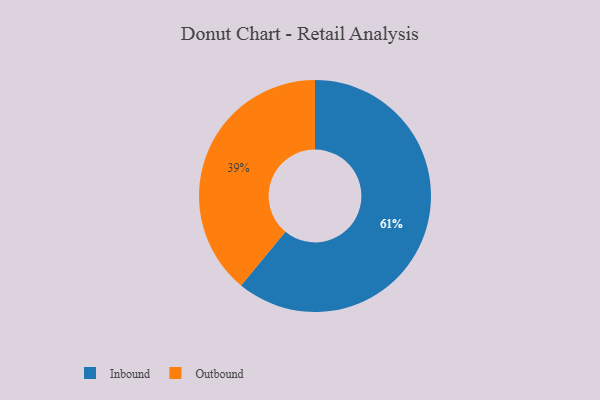
{"axis": {"x": "Category", "y": "Percentage"}, "legend": ["Inbound", "Outbound"], "data": [{"x": "Inbound", "y": 61, "type": "Inbound"}, {"x": "Outbound", "y": 39, "type": "Outbound"}]}